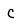
Character: C